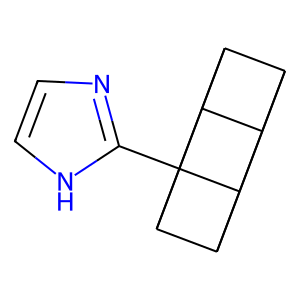
SMILES: c1c[nH]c(C23C4C5C6C4C2C6C53)n1
Inhibits HIV replication: No